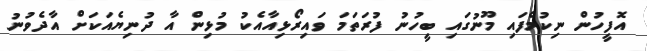
އޮފީހުން ނިކުމެފައި މޫނުގައި ބީހުނު ފުރަތަމަ ވައިރޯޅިއާއެކު މުޅިން އާ ދުނިޔެއަކަށް އާދެވުނު